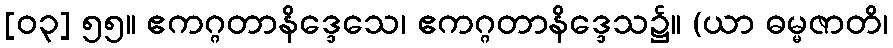
[၀၃] ၅၅။ ဧကဂ္ဂတာနိဒ္ဒေသေ၊ ဧကဂ္ဂတာနိဒ္ဒေသ၌။ (ယာ ဓမ္မဇာတိ၊